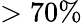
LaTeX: >70\%